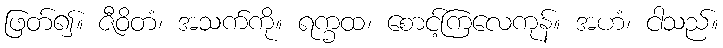
ဖြတ်၍။ ဇီဝိတံ၊ အသက်ကို။ ရက္ခထ၊ စောင့်ကြလေကုန်။ အဟံ၊ ငါသည်။